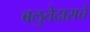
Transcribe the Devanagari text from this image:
बलुतेदाराचे